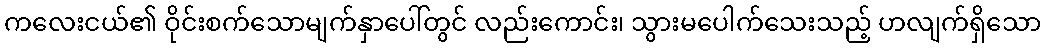
ကလေးငယ်၏ ဝိုင်းစက်သောမျက်နှာပေါ်တွင် လည်းကောင်း၊ သွားမပေါက်သေးသည့် ဟလျက်ရှိသော